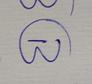
Signature authenticity: genuine